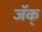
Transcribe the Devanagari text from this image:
जॅक्